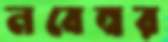
নবেম্বর